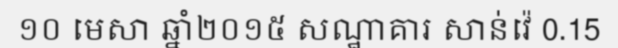
១០ មេសា ឆ្នាំ២០១៥ សណ្ឋាគារ សាន់វ៉េ 0.15